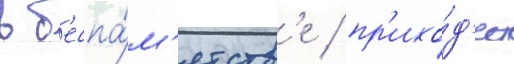
в б'еспа́м'ятств'е / пр'ихо́д'ит